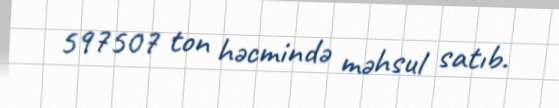
597507 ton həcmində məhsul satıb.